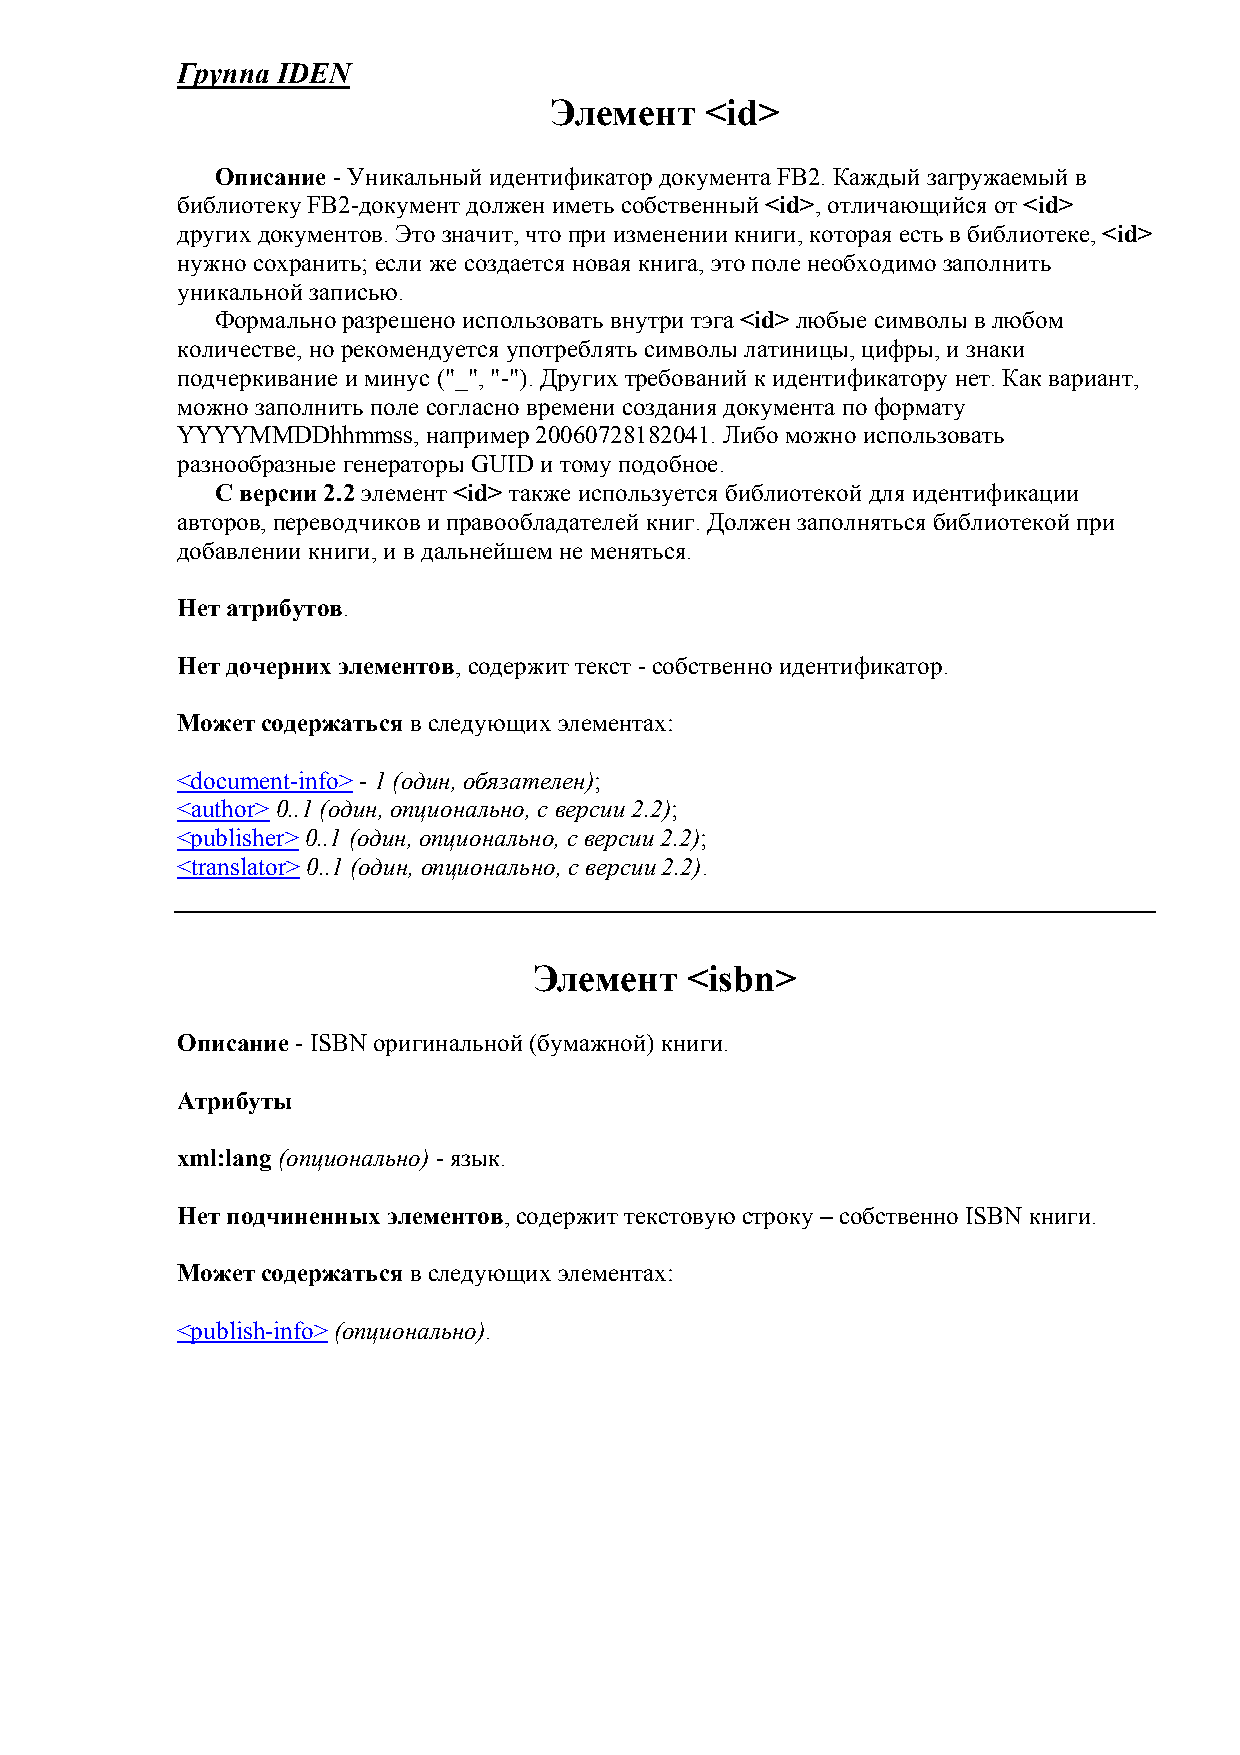
Группа IDEN
 Элемент    <id>
 Описание - Уникальный идентификатор документа FB2. Каждый загружаемый в
 библиотеку FB2-документ должен иметь собственный <id>, отличающийся от <id>
 других документов. Это значит, что при изменении книги, которая есть в библиотеке, <id>
 нужно сохранить; если же создается новая книга, это поле необходимо заполнить
 уникальной записью.
 Формально разрешено использовать внутри тэга <id> любые символы в любом
 количестве, но рекомендуется употреблять символы латиницы, цифры, и знаки
 подчеркивание и минус ("_", "-"). Других требований к идентификатору нет. Как вариант,
 можно заполнить поле согласно времени создания документа по формату
 YYYYMMDDhhmmss, например 20060728182041. Либо можно использовать
 разнообразные генераторы GUID и тому подобное.
 С версии 2.2 элемент <id> также используется библиотекой для идентификации
 авторов, переводчиков и правообладателей книг. Должен заполняться библиотекой при
 добавлении книги, и в дальнейшем не меняться.
 Нет атрибутов.
 Нет дочерних элементов, содержит текст - собственно идентификатор.
 Может содержаться в следующих элементах:
 <document-info> - 1 (один, обязателен);
 <author> 0..1 (один, опционально, с версии 2.2);
 <publisher> 0..1 (один, опционально, с версии 2.2);
 <translator> 0..1 (один, опционально, с версии 2.2).
 Элемент   <isbn>
 Описание - ISBN оригинальной (бумажной) книги.
 Атрибуты
 xml:lang (опционально) - язык.
 Нет подчиненных элементов, содержит текстовую строку – собственно ISBN книги.
 Может содержаться в следующих элементах:
 <publish-info> (опционально).